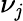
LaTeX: \nu_{\mathit{j}}